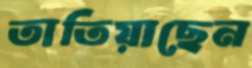
তাতিয়াছেন